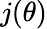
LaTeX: j(\theta)